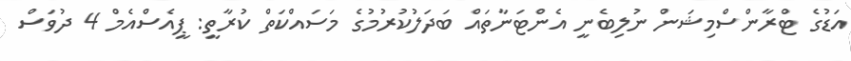
އަޑުގެ ޓްރާންސްމިޝަން ނުލިބެނީ އެންޓަނާތައް ބަދަލުކުރުމުގެ މަަސައްކަތް ކުރާތީ: ޕީއެސްއެމް 4 ދުވަސް